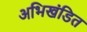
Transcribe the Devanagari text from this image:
अभिखंडित